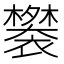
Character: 𬡲